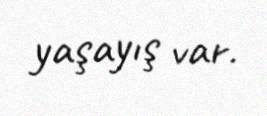
yaşayış var.